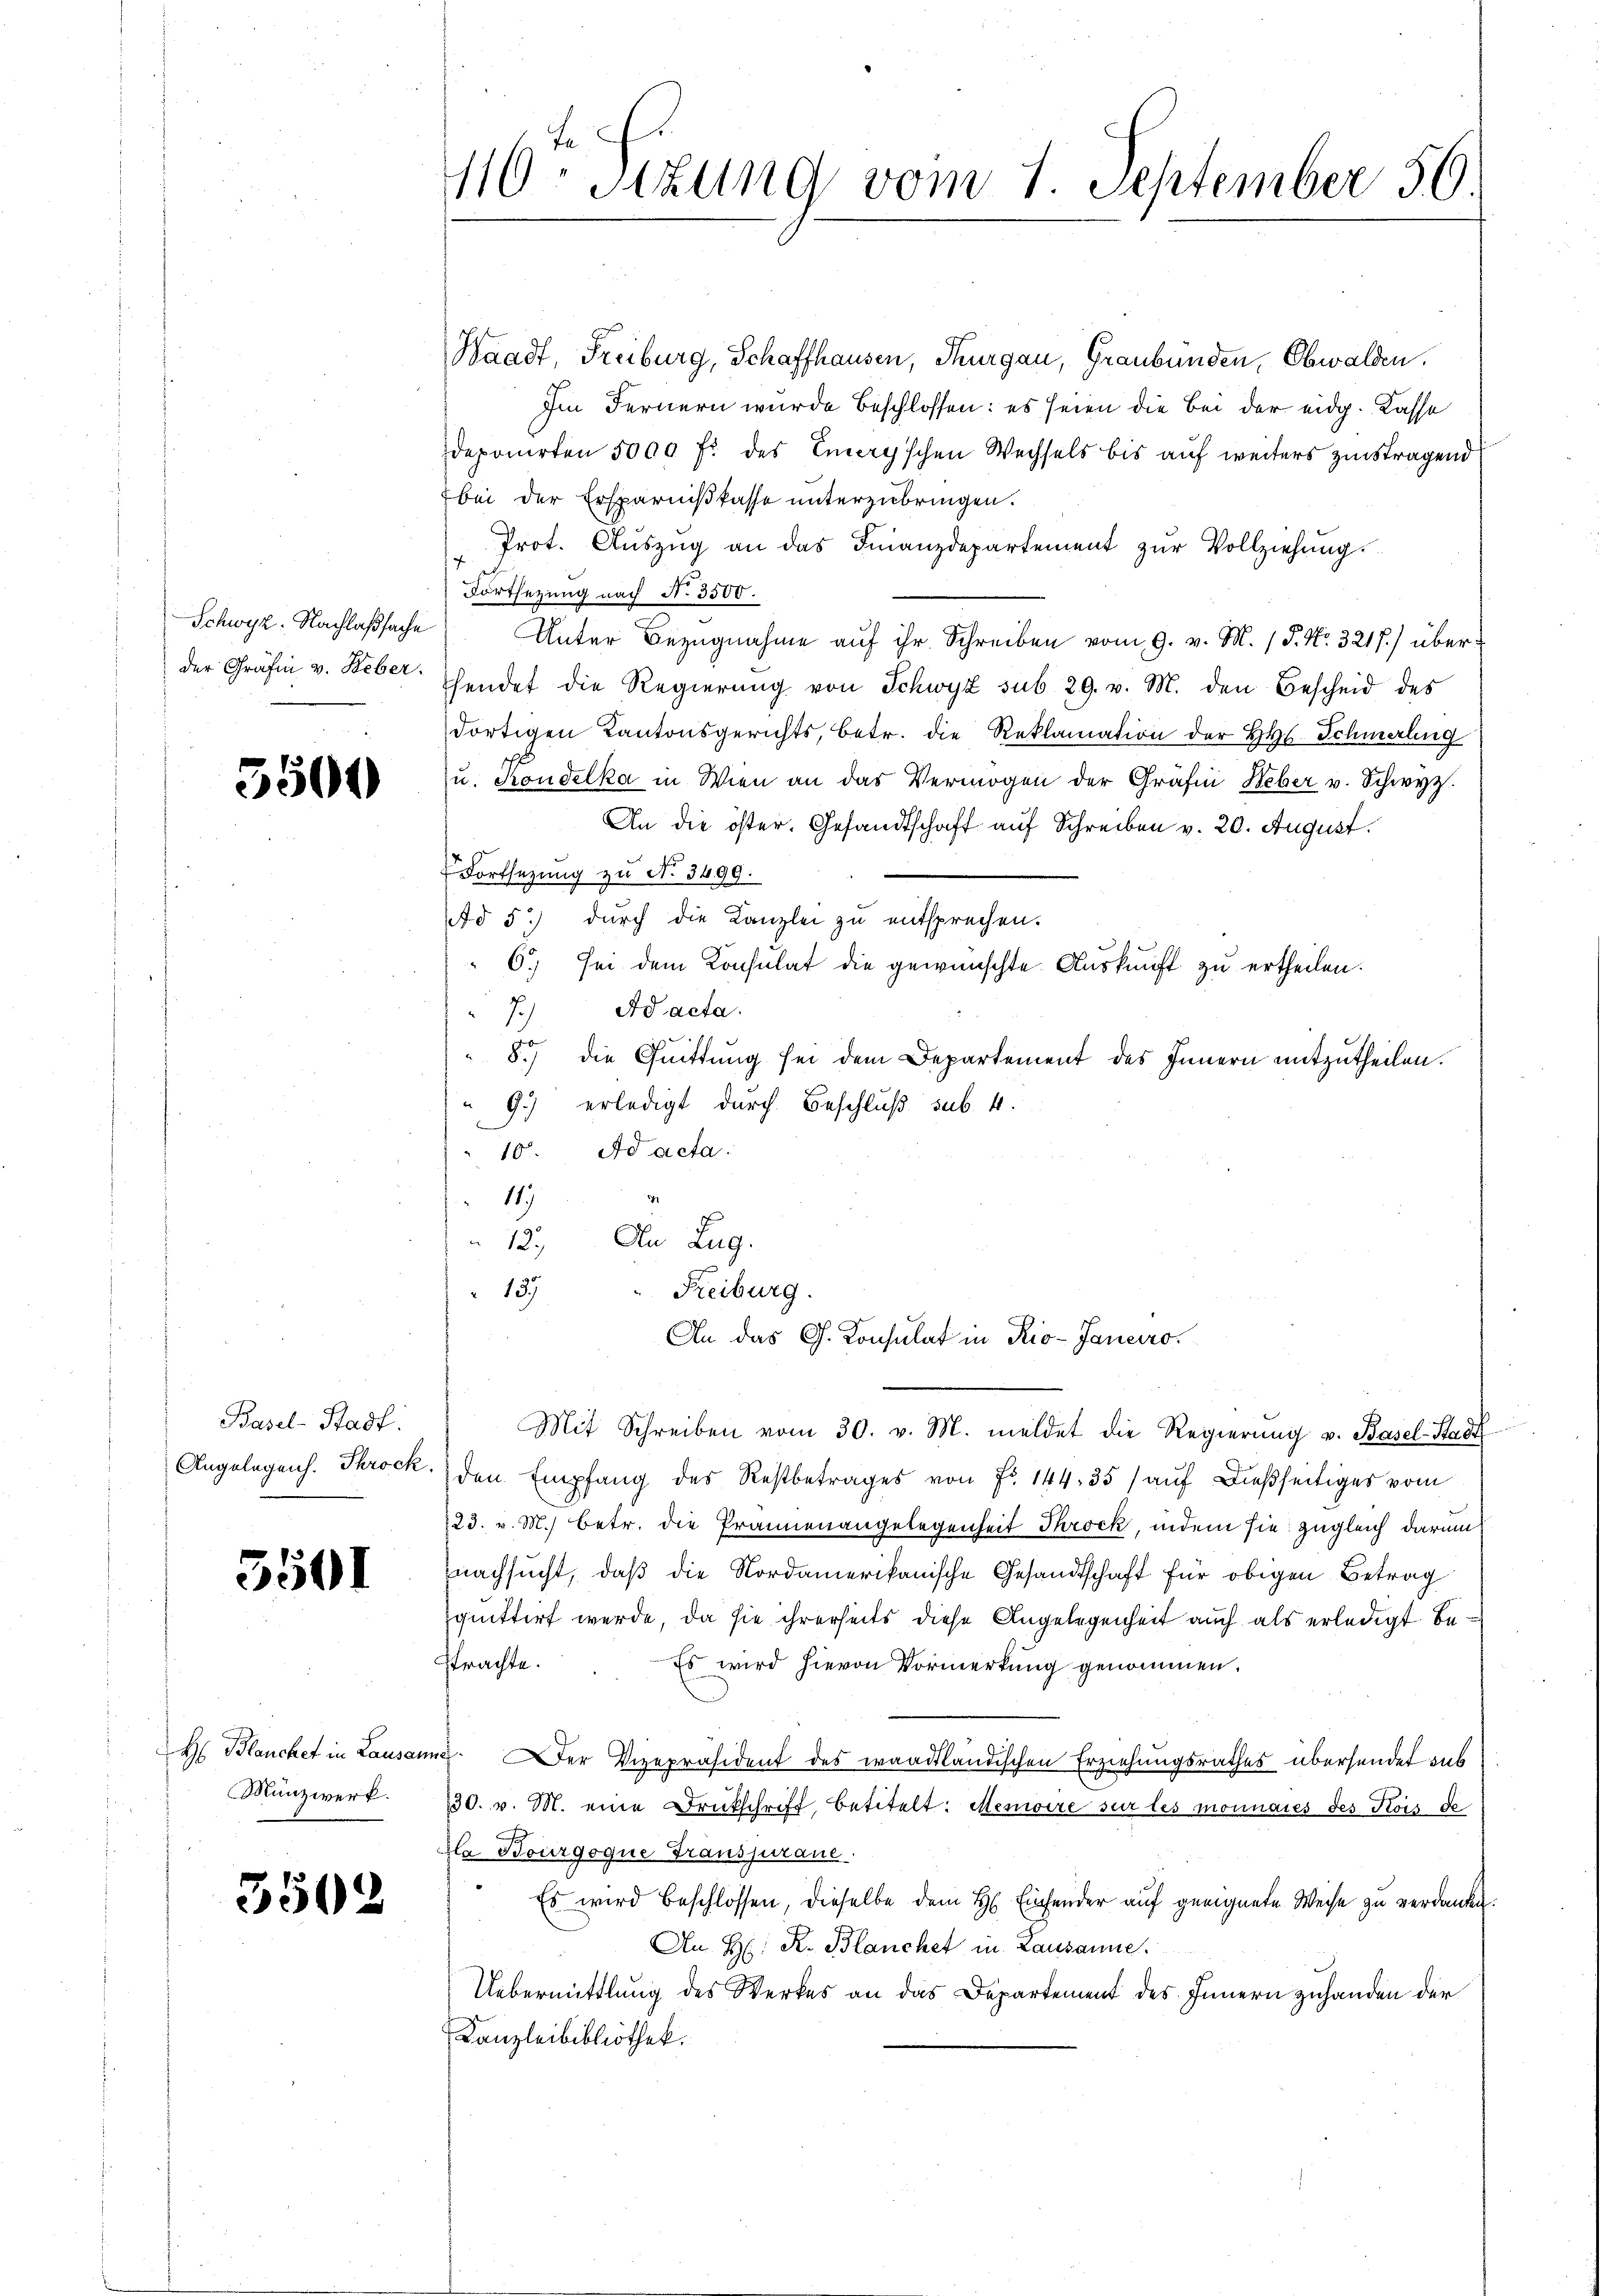
Schwyz. Nachlaßsache
der Gräfin v. Heber

5500

3501

Basel-Stadt.
Angelegens. Throck.

H Blancket in Lausam
Münzwerk.

3502

110. Sitzung vom 1 September 50.

Waadt Freiburg, Schaffhausen, Thurgau, Graubünden, Obwalden.
Im Fernern wurde beschlossen: es seien die bei der eidg. Kasse
deponirten 5000 fl des Emay'schen Wechsels bis auf weiters zinstragend
bei der Ersparnißkasse unterzubringen.
Prot. Aŭszŭg an das Finanzdepartement zŭr Vollziehung.
Fortsezung nach N. 3500.
Unter Bezugnahme auf ihr Schreiben vom 9. v. M. P. Nr. 321 f.) überhendet die Regierŭng von Schwyz sub 29. v. M. den Bescheid des
dortigen Kantonsgerichts, betr. die Reklamation der Hs. Schmaling
u. condelka in Wien an das Vermögen der Gräfin Heber v. Schwyz.
An die öster. Gesandtschaft auf Schreiben v. 20. August.
Fortsetzung zu No 3499.
Ad 5.) durch die Kanzlei zu entsprechen.
6.) Sei dem Konsulat die gewünschte Auskunft zu ertheilen.
7.) Ad acta.
8.) Die Quittung sei dem Departement des Innern mitzutheilen.
9.) erledigt durch Beschluß sub. 4.
10. Ad acta
119
12.) An Zug.
Freiburg.
137
An das G. Konsulat in Rio-Janeiro
Mit Schreiben vom 30. v. M. meldet die Regierŭng v. Basel-Stadt
den Empfang des Restbetrages von Fr. 144.35 / auf dießseitiges vom
223. v. M.) Betr. die Prannenangelegenheit Throck, indem sie zugleich darum
nachsucht, daß die Nordamerikanische Gesandtschaft für obigen Betrag
quittirt werde, da sie ihrerseits diese Angelegenheit auch als erledigt betrachte.
Es wird hievon Vormerkung genommen.
ne. Der Vizepräsident des waadtländischen Erziehungsrathes übersendet sub
230. v. M. eine Druckschrift, betitelt: Memoire sur les monnaies des Kois de
Ha Bourgoque Transjuraue
Es wird beschlossen, dieselbe dem H. Einsender auf geeignete Weise zu verdanken
An H: K. Blanchet in Lausanne.
Uebermittlung des Werkes an das Departement des Innern zuhanden der
Kanzleibibliothek.